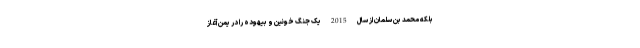
بلکه محمد بن سلمان از سال 2015 یک جنگ خونین و بیهوده را در یمن آغاز